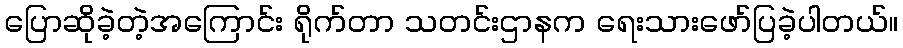
ပြောဆိုခဲ့တဲ့အကြောင်း ရိုက်တာ သတင်းဌာနက ရေးသားဖော်ပြခဲ့ပါတယ်။